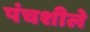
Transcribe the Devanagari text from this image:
पंचशीले